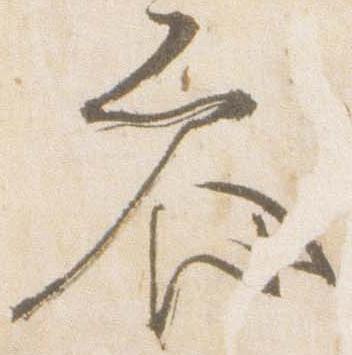
参